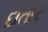
દાતાર